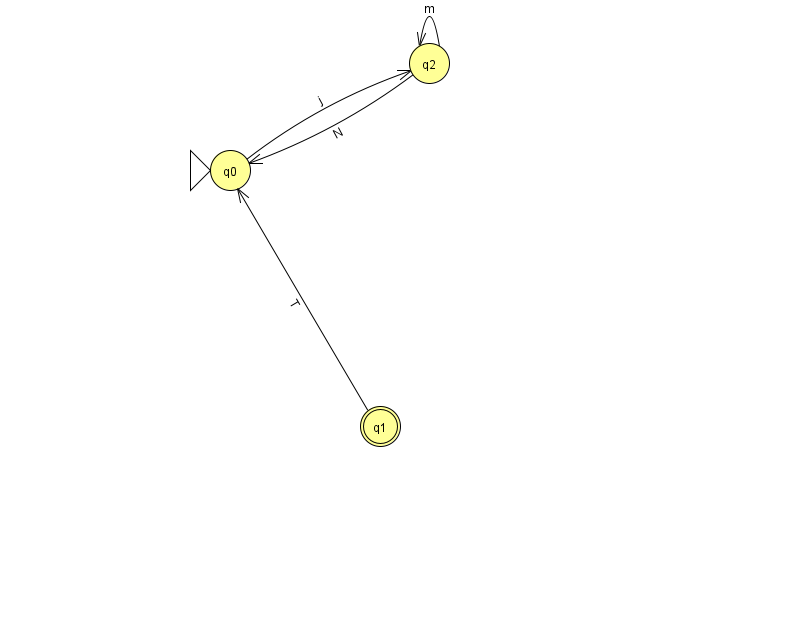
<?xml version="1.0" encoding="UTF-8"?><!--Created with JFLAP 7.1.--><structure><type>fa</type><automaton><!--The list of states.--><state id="0" name="q0"><x>230.0</x><y>157.0</y><initial/></state><state id="1" name="q1"><x>380.0</x><y>413.0</y><final/></state><state id="2" name="q2"><x>429.0</x><y>50.0</y></state><!--The list of transitions.--><transition><from>1</from><to>0</to><read>T</read></transition><transition><from>0</from><to>2</to><read>j</read></transition><transition><from>2</from><to>2</to><read>m</read></transition><transition><from>2</from><to>0</to><read>N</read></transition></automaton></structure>